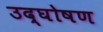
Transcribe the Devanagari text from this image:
उद्घोषण